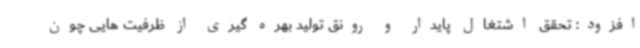
افزود: تحقق اشتغال پایدار و رونق تولید بهره گیری از ظرفیت هایی چون